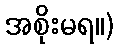
အစိုးမရ။)